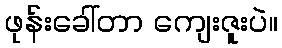
ဖုန်းခေါ်တာ ကျေးဇူးပဲ။